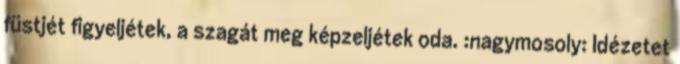
füstjét figyeljétek, a szagát meg képzeljétek oda. :nagymosoly: Idézetet